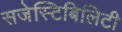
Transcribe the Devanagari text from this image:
सजेस्टिबिलिटी